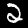
Label: 2